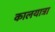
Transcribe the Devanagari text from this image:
कालयात्रा